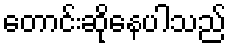
တောင်းဆိုနေပါသည်